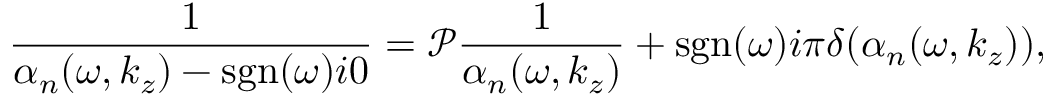
\frac { 1 } { \alpha _ { n } ( \omega , k _ { z } ) - \mathrm { s g n } ( \omega ) i 0 } = \mathcal { P } \frac { 1 } { \alpha _ { n } ( \omega , k _ { z } ) } + \mathrm { s g n } ( \omega ) i \pi \delta ( \alpha _ { n } ( \omega , k _ { z } ) ) ,